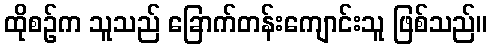
ထိုစဉ်က သူသည် ခြောက်တန်းကျောင်းသူ ဖြစ်သည်။